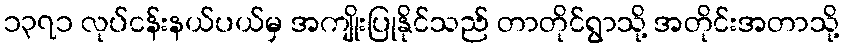
၁၃၇၁ လုပ်ငန်းနယ်ပယ်မှ အကျိုးပြုနိုင်သည် တာတိုင်ရွာသို့ အတိုင်းအတာသို့